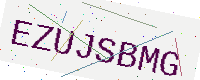
Text: EZUJSBMG